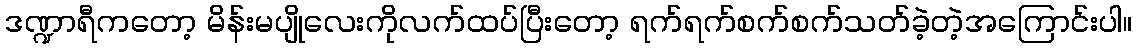
ဒဏ္ဍာရီကတော့ မိန်းမပျိုလေးကိုလက်ထပ်ပြီးတော့ ရက်ရက်စက်စက်သတ်ခဲ့တဲ့အကြောင်းပါ။